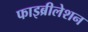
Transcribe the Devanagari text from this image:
फाइब्रीलेशन